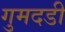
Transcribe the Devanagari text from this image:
गुमदडी